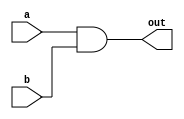
`timescale 1ns / 1ps
//////////////////////////////////////////////////////////////////////////////////
// Company: 
// Engineer: 
// 
// Design Name: 
// Module Name: basic_gate
// Project Name: 
// Target Devices: 
// Tool Versions: 
// Description: 
// 
// Dependencies: 
// 
// Revision:
// Revision 0.01 - File Created
// Additional Comments:
// 
//////////////////////////////////////////////////////////////////////////////////


module basic_gate1(
                input a,
                input b,
                output out
        );
 assign out=a&b;      
endmodule

module basic_gate2(
                input a,
                output out
        );
 assign out=~a;      
endmodule

module basic_gate3(
                input a,
                input b,
                input c,
                input d,
                output out
);
assign out=a|b|c|d;
endmodule

module basic_gate4(
                input a,
                input b,
                input c,
                input d,
                output out
);
assign out=~((a&b)|(c&d));
endmodule